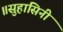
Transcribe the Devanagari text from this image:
॥सुहासिनी